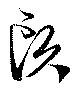
頭